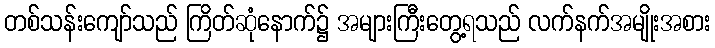
တစ်သန်းကျော်သည် ကြိတ်ဆုံနောက်၌ အများကြီးတွေ့ရသည် လက်နက်အမျိုးအစား